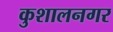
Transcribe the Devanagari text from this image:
कुशालनगर